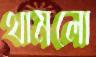
থামলো